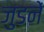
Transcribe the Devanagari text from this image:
जुडनें